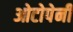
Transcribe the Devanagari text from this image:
ओटोपेनी